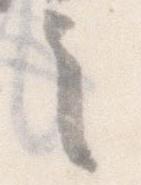
言